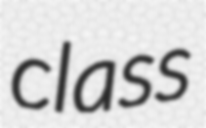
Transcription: class